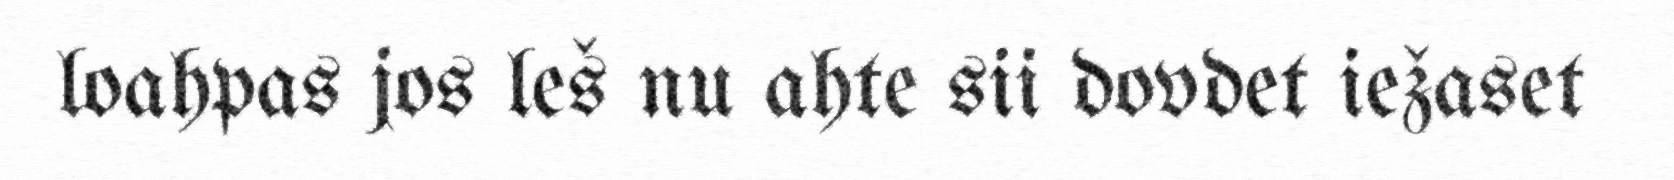
loahpas jos leš nu ahte sii dovdet iežaset